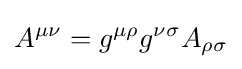
A^{\mu \nu }=g^{\mu \rho }g^{\nu \sigma }A_{\rho \sigma }